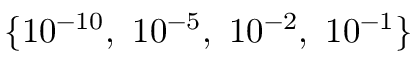
\{ 1 0 ^ { - 1 0 } , \, \, 1 0 ^ { - 5 } , \, \, 1 0 ^ { - 2 } , \, \, 1 0 ^ { - 1 } \}